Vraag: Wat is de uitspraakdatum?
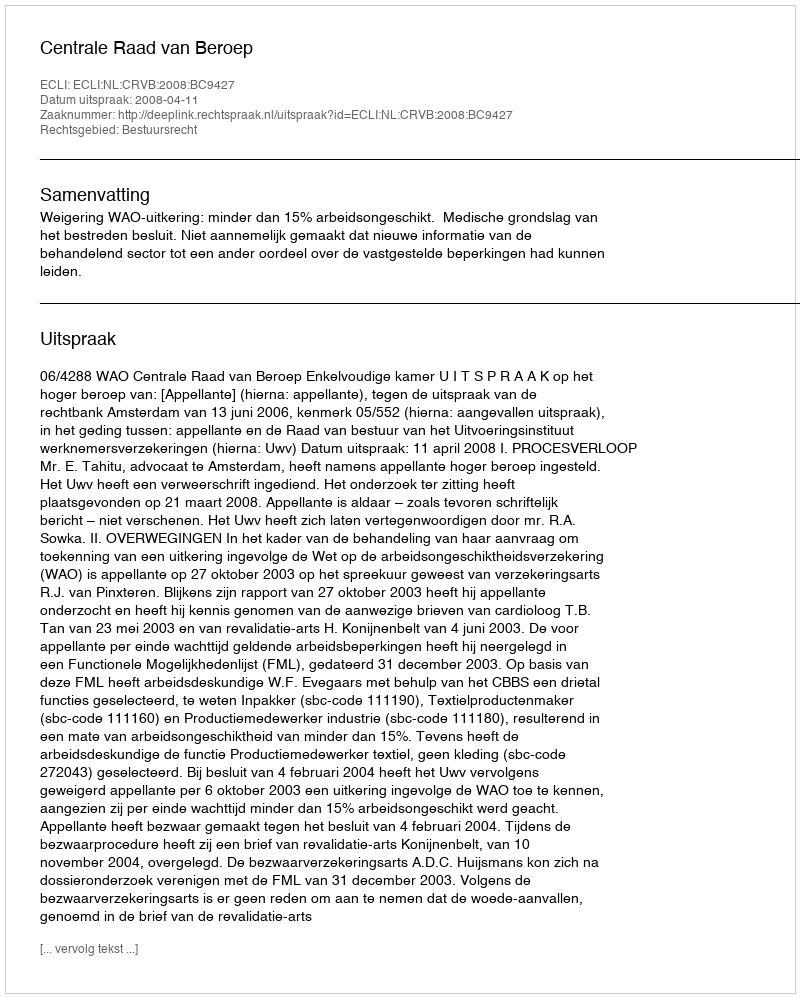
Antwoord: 2008-04-11